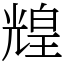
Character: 𤾗